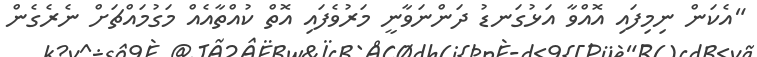
"އެކަން ނިމިފައި އޮއްވާ އަޅުގަނޑު ދަންނަވާނީ މަރުވެފައި އޮތް ކުއްތާއެއް މަގުމައްޗަށް ނެރެގެން